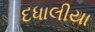
દધાલીયા